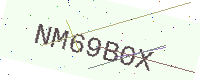
Text: NM69B0X